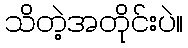
သိတဲ့အတိုင်းပဲ။